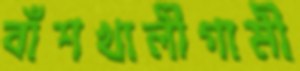
বাঁশখালীগামী